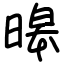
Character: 暤